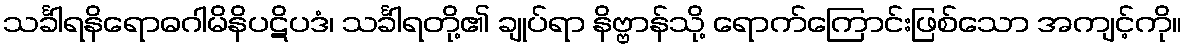
သင်္ခါရနိရောဓဂါမိနိပဋိပဒံ၊ သင်္ခါရတို့၏ ချုပ်ရာ နိဗ္ဗာန်သို့ ရောက်ကြောင်းဖြစ်သော အကျင့်ကို။